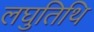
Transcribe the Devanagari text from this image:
लघुतिथि